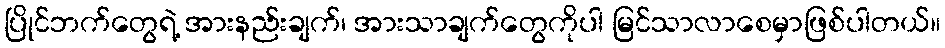
ပြိုင်ဘက်တွေရဲ့ အားနည်းချက်၊ အားသာချက်တွေကိုပါ မြင်သာလာစေမှာဖြစ်ပါတယ်။